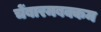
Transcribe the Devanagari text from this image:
चेंबारमबक्कम